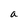
Character: a